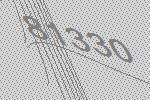
81330